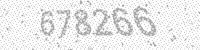
Solution: 678266